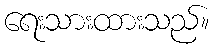
ရေးသားထားသည်။